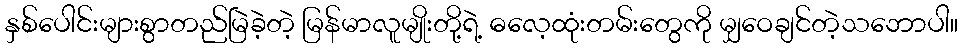
နှစ်ပေါင်းများစွာတည်မြဲခဲ့တဲ့ မြန်မာလူမျိုးတို့ရဲ့ ဓလေ့ထုံးတမ်းတွေကို မျှဝေချင်တဲ့သဘောပါ။